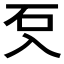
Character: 𭀽